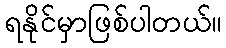
ရနိုင်မှာဖြစ်ပါတယ်။